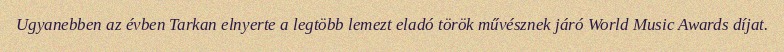
Ugyanebben az évben Tarkan elnyerte a legtöbb lemezt eladó török művésznek járó World Music Awards díjat.